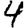
Digit: 4